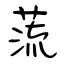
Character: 蓅